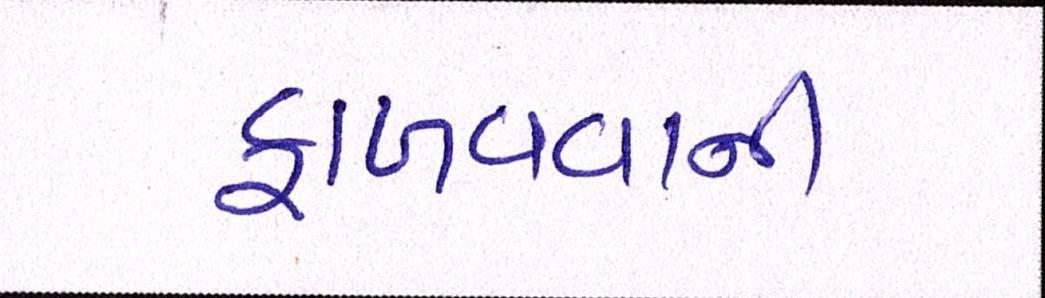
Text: ફાળવવાની